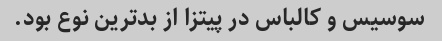
سوسیس و کالباس در پیتزا از بدترین نوع بود.